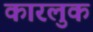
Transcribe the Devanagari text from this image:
कारलुक